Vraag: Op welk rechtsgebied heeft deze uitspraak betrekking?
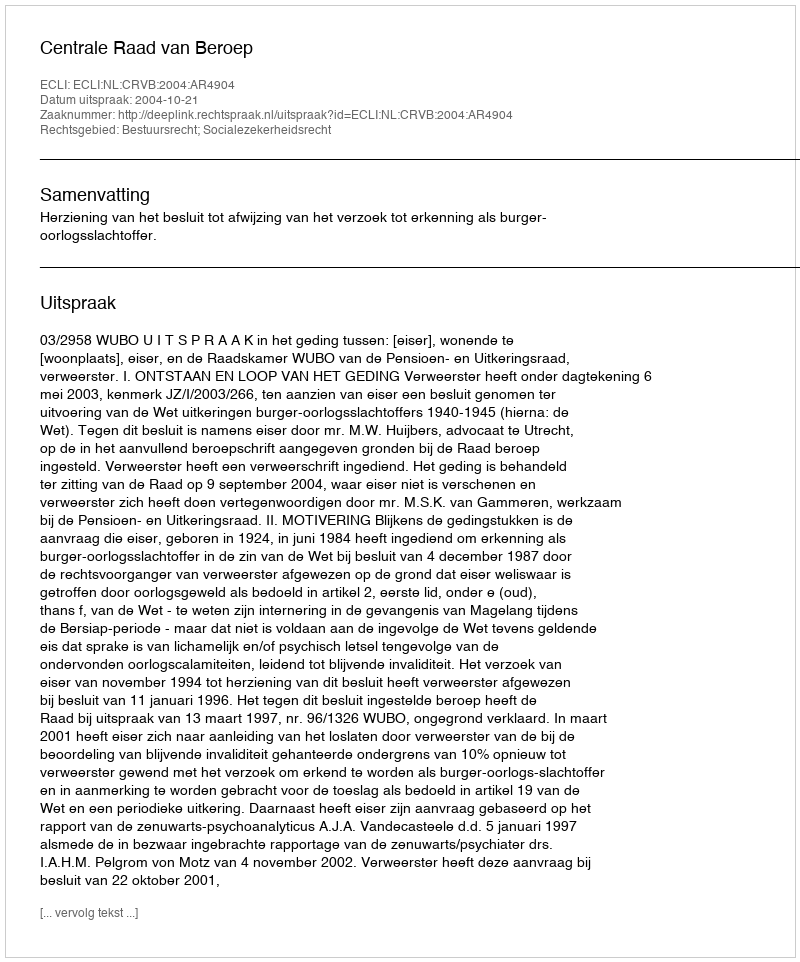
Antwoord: Bestuursrecht; Socialezekerheidsrecht